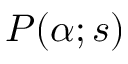
P ( \alpha ; s )